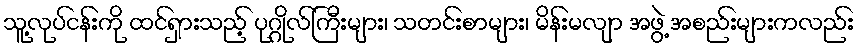
သူ့လုပ်ငန်းကို ထင်ရှားသည့် ပုဂ္ဂိုလ်ကြီးများ၊ သတင်းစာများ၊ မိန်းမလျာ အဖွဲ့ အစည်းများကလည်း